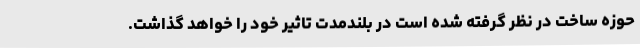
حوزه ساخت در نظر گرفته‌ شده است در بلندمدت تاثیر خود را خواهد گذاشت.